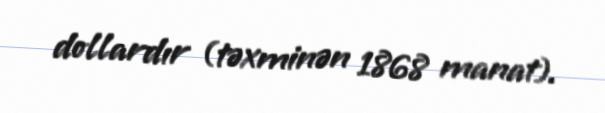
dollardır (təxminən 1868 manat).